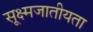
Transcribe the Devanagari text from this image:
सूक्ष्मजातीयता